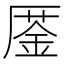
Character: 𠪜